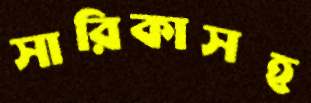
সারিকাসহ